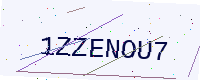
Text: 1ZZENOU7